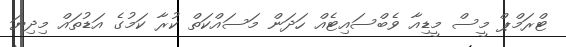
ޓްރަމްޕް މީސް މީޑިއާ ވެބްސައިޓެއް ހަދަން މަސައްކަތް ކުރާ ކަމުގެ އަޑުތައް މިދިޔަ